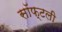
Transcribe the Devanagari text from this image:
सॉफ्टली